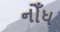
નોઁધ